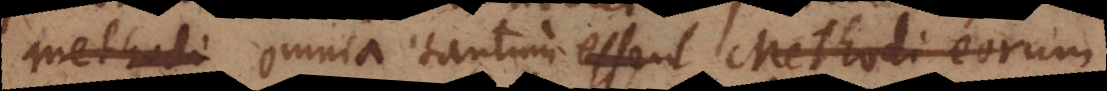
methodi omnia tantum essent Methodi eorum